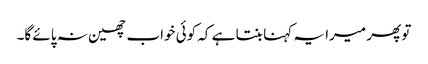
تو پھر میرا یہ کہنا بنتا ہے کہ کوئی خواب چھین نہ پائے گا۔